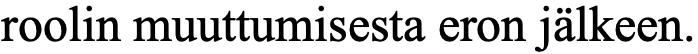
roolin muuttumisesta eron jälkeen.